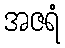
အဇရံ